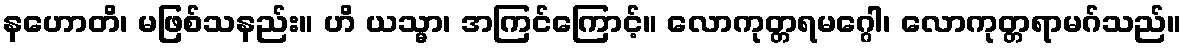
နဟောတိ၊ မဖြစ်သနည်း။ ဟိ ယသ္မာ၊ အကြင်ကြောင့်။ လောကုတ္တရမဂ္ဂေါ၊ လောကုတ္တရာမဂ်သည်။